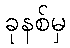
ခုနစ်မှ